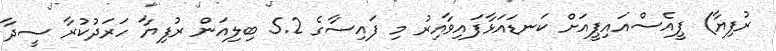
ރުފިޔާ) ޕީއެސްއައިޕީއަށް ކަނޑައަޅާފައިވާއިރު މި ފައިސާގެ 5.2 ބިލިއަން ރުފިޔާ ހަރަދުކުރާ ސީދާ